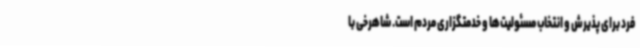
فرد برای پذیرش و انتخاب مسئولیت‌ها و خدمتگزاری مردم است. شاهرخی با